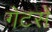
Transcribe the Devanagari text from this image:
गेटसे